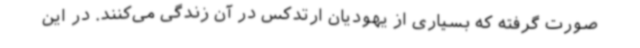
صورت گرفته که بسیاری از یهودیان ارتدکس در آن زندگی می‌کنند. در این